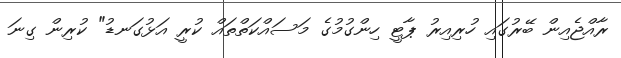
ރާއްޖެއިން ބޭރުގައި ހުރިއިރު ޕާޓީ ހިންގުމުގެ މަސައްކަތްތައް ކުރީ އަޅުގަނޑު" ކުރިން ގިނަ